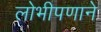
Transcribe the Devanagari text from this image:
लोभीपणाने